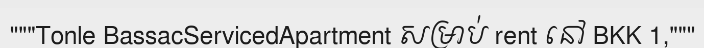
"""Tonle BassacServicedApartment សម្រាប់ rent នៅ BKK 1,"""